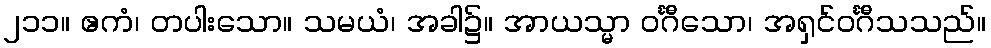
၂၁၁။ ဧကံ၊ တပါးသော။ သမယံ၊ အခါ၌။ အာယသ္မာ ဝင်္ဂီသော၊ အရှင်ဝင်္ဂီသသည်။